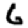
Digit: 6